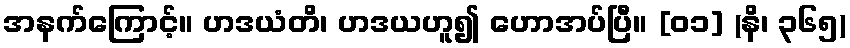
အနက်ကြောင့်။ ဟဒယံတိ၊ ဟဒယဟူ၍ ဟောအပ်ပြီ။ [၀၁] (နိ၊ ၃၆၅)